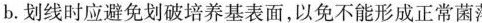
b。划线时应避免划破培养基表面，以免不能形成正常菌落